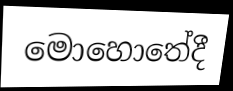
මොහොතේදී